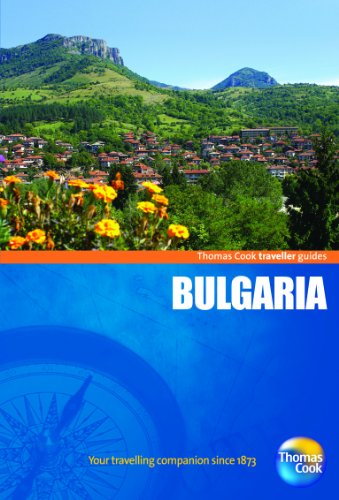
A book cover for Traveller Guides Bulgaria, 4th (Travellers - Thomas Cook); Thomas Cook Publishing; Travel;